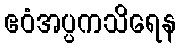
ဧဝံအပ္ပကသိရေန